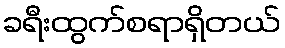
ခရီးထွက်စရာရှိတယ်